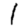
Digit: 1